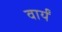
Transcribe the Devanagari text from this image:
वार्यं